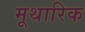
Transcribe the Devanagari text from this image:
मूथारिक